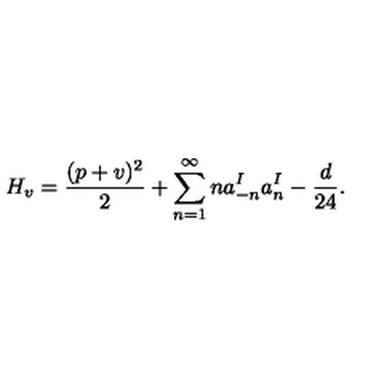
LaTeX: H _ { v } = { \frac { ( p + v ) ^ { 2 } } { 2 } } + \sum _ { n = 1 } ^ { \infty } n a _ { - n } ^ { I } a _ { n } ^ { I } - { \frac { d } { 2 4 } } .